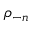
\rho _ { - n }